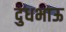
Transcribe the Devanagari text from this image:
दुधभाऊ